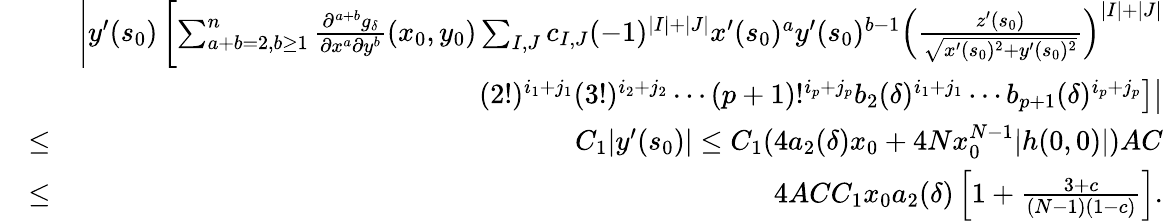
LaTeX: \begin{array}{rlr}&{}&{\left|y^{\prime}(s_{0})\left[\sum_{a+b=2,b\geq 1}^{n}\frac{\partial^{a+b}g_{\delta}}{\partial x^{a}\partial y^{b}}(x_{0},y_{0})\sum_{I,J}c_{I,J}(-1)^{|I|+|J|}x^{\prime}(s_{0})^{a}y^{\prime}(s_{0})^{b-1}\left(\frac{z^{\prime}(s_{0})}{\sqrt{x^{\prime}(s_{0})^{2}+y^{\prime}(s_{0})^{2}}}\right)^{|I|+|J|}\right.\right.}\\ &{}&{\left.\left.(2!)^{i_{1}+j_{1}}(3!)^{i_{2}+j_{2}}\cdots(p+1)!^{i_{p}+j_{p}}b_{2}(\delta)^{i_{1}+j_{1}}\cdots b_{p+1}(\delta)^{i_{p}+j_{p}}\right]\right|}\\ &{\leq}&{C_{1}|y^{\prime}(s_{0})|\leq C_{1}(4a_{2}(\delta)x_{0}+4Nx_{0}^{N-1}|h(0,0)|)AC}\\ &{\leq}&{4ACC_{1}x_{0}a_{2}(\delta)\left[1+\frac{3+c}{(N-1)(1-c)}\right].}\end{array}